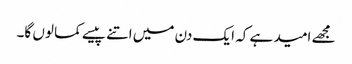
مجھے امید ہے کہ ایک دن میں اتنے پیسے کما لوں گا۔